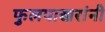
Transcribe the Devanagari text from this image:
फुलपाखरांनी